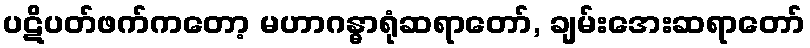
ပဋိပတ်ဖက်ကတော့ မဟာဂန္ဓာရုံဆရာတော်, ချမ်းအေးဆရာတော်